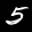
Label: 5